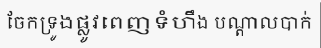
ចែកទ្រូងផ្លូវពេញទំហឹង បណ្តាលបាក់